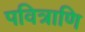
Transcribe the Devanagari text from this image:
पवित्राणि